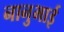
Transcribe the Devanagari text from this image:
नानुभाई